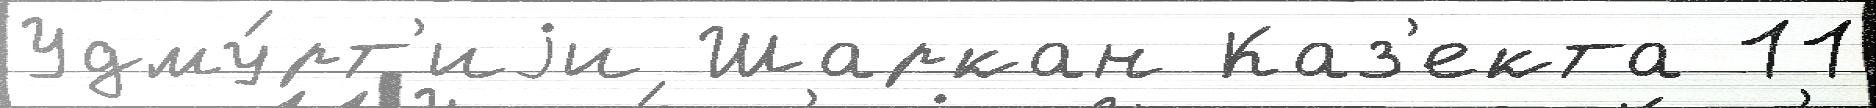
Удму́рт'иjи Шаркан Каз'екта 11